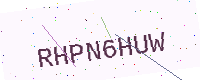
Text: RHPN6HUW